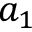
a _ { 1 }